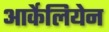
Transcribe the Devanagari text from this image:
आर्केलियेन